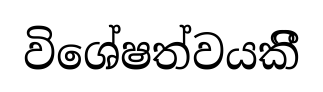
විශේෂත්වයකිී